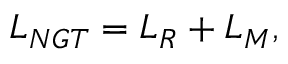
{ \cal L } _ { N G T } = { \cal L } _ { R } + { \cal L } _ { M } ,